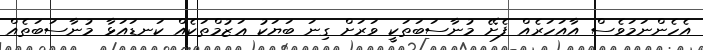
އެހެންނަމަވެސް އާއަހަރެއް ފެށޭ މުނާސަބަތަކީ ވަރަށް ގިނަ ބަޔަކު ޢަޒުމްތަކެއް ކަނޑައަޅާ މުނާސަބަތެއް